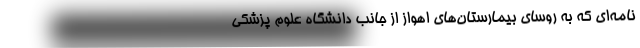
نامه‌ای که به روسای بیمارستان‌های اهواز از جانب دانشگاه علوم پزشکی